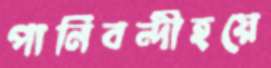
পানিবন্দীহয়ে